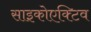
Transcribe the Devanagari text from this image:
साइकोएक्टिव